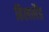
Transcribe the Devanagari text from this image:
हिललैंड